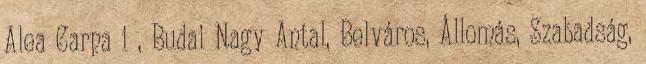
Alea Carpați , Budai Nagy Antal, Belváros, Állomás, Szabadság,